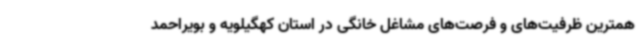
همترین ظرفیت‌های و فرصت‌های مشاغل خانگی در استان کهگیلویه و بویراحمد